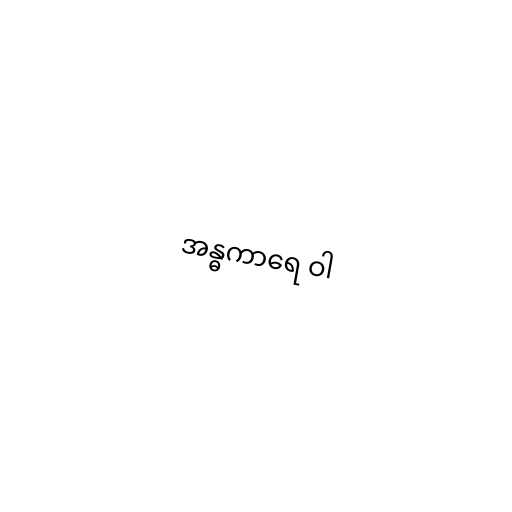
အန္ဓကာရေ ဝါ